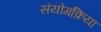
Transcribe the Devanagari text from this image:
संयोगक्रिया